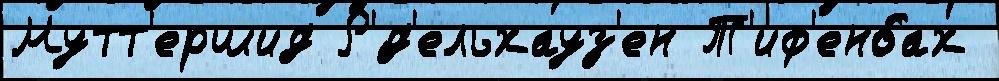
Мутт'ершид Р'́д'ельхауз'ен Т'иф'енбах